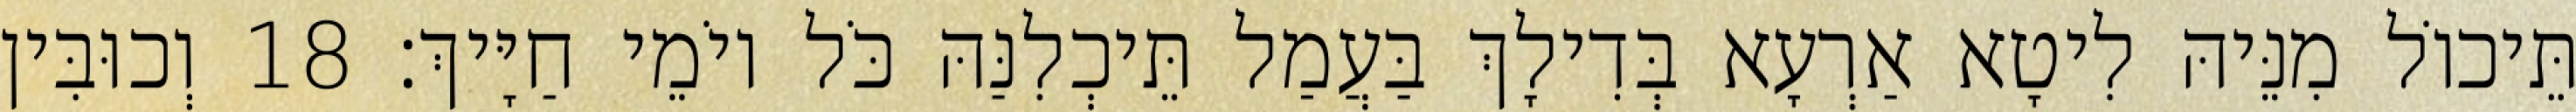
תֵּיכוֹל מִנֵּיהּ לִיטָא אַרְעָא בְּדִילָךְ בַּעֲמַל תֵּיכְלִנַּהּ כֹּל יוֹמֵי חַיָּיךְ׃ 18 וְכוּבִּין